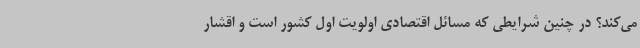
می‌کند؟ در چنین شرایطی که مسائل اقتصادی اولویت اول کشور است و اقشار